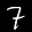
Label: 7